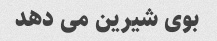
بوی شیرین می دهد